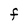
Character: F